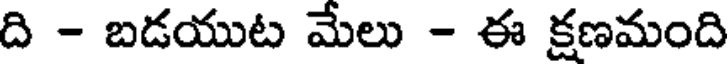
ది - బడయుట మేలు - ఈ క్షణమంది